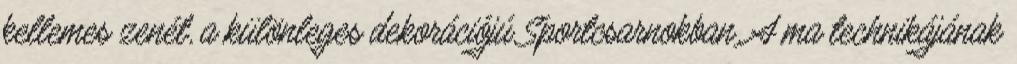
kellemes zenét, a különleges dekorációjú Sportcsarnokban. A ma technikájának